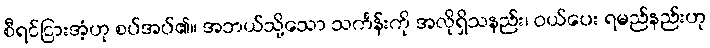
စီရင်ငြားအံ့ဟု စပ်အပ်၏။ အဘယ်သို့သော သင်္ကန်းကို အလိုရှိသနည်း၊ ဝယ်ပေး ရမည်နည်းဟု